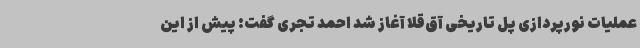
عملیات نورپردازی پل تاریخی آق‌قلا آغاز شد احمد تجری گفت: پیش از این